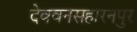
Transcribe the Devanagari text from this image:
देववनसहारनपुर